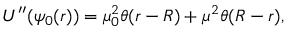
U ^ { \prime \prime } ( \psi _ { 0 } ( r ) ) = \mu _ { 0 } ^ { 2 } \theta ( r - R ) + \mu ^ { 2 } \theta ( R - r ) ,